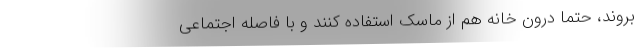
بروند، حتماً درون خانه هم از ماسک استفاده کنند و با فاصله اجتماعی